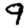
Digit: 9